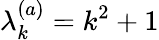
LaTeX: \lambda_{k}^{(a)}=k^{2}+1